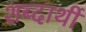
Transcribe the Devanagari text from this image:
शब्दार्थी